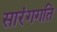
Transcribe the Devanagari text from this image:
सारंगगति